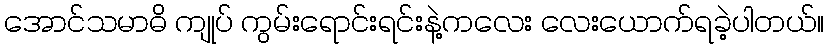
အောင်သမာဓိ ကျုပ် ကွမ်းရောင်းရင်းနဲ့ကလေး လေးယောက်ရခဲ့ပါတယ်။